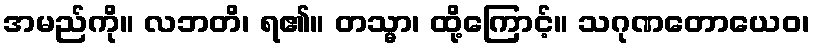
အမည်ကို။ လဘတိ၊ ရ၏။ တသ္မာ၊ ထို့ကြောင့်။ သဂုဏတောယေဝ၊